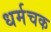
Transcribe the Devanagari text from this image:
धर्मचक